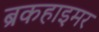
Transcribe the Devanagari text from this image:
ब्रकहाइमर